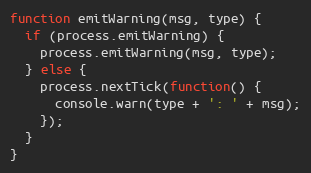
Language: JavaScript
function emitWarning(msg, type) {
  if (process.emitWarning) {
    process.emitWarning(msg, type);
  } else {
    process.nextTick(function() {
      console.warn(type + ': ' + msg);
    });
  }
}